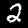
Digit: 2